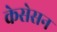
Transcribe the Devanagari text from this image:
केसेसन